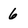
Character: 6